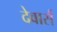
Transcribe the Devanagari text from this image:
देवार्स